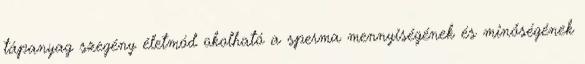
tápanyag szegény életmód okolható a sperma mennyiségének és minőségének